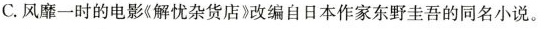
C.风靡一时的电影《解忧杂货店改编自日本作家东野圭吾的同名小说。